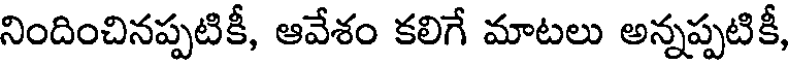
నిందించినప్పటికీ, ఆవేశం కలిగే మాటలు అన్నప్పటికీ,